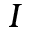
I